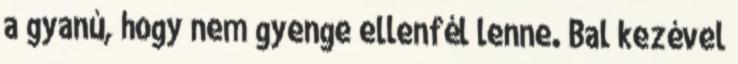
a gyanú, hogy nem gyenge ellenfél lenne. Bal kezével